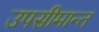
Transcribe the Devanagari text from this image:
उपसीमान्त